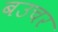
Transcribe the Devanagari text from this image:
बउचर